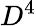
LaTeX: D^{4}